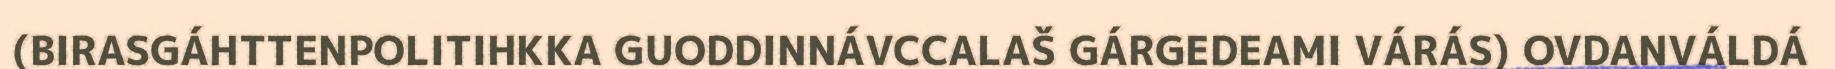
(BIRASGÁHTTENPOLITIHKKA GUODDINNÁVCCALAŠ GÁRGEDEAMI VÁRÁS) OVDANVÁLDÁ